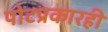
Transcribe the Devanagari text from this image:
पोटप्रकारही